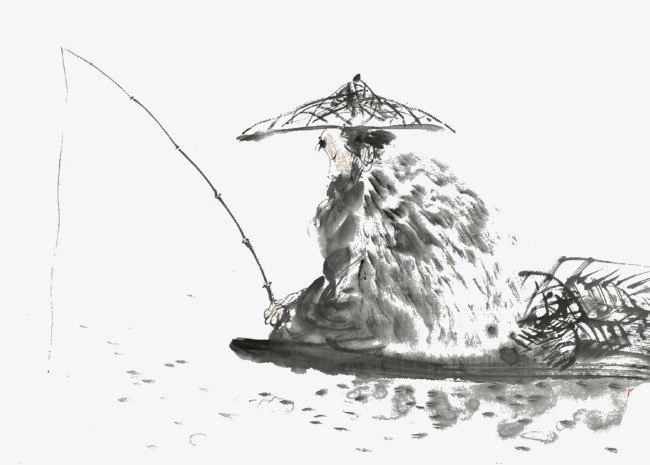
垂钓板桥东，雪压蓑衣冷。